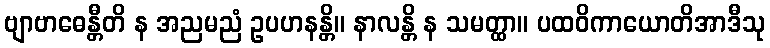
ဗျာဗာဓေန္တီတိ န အညမညံ ဥပဟနန္တိ။ နာလန္တိ န သမတ္ထာ။ ပထဝိကာယောတိအာဒီသု